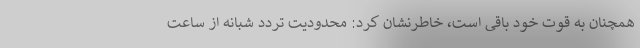
همچنان به قوت خود باقی است، خاطرنشان کرد: محدودیت تردد شبانه از ساعت